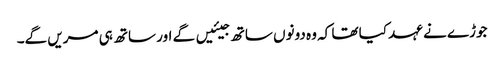
جوڑے نے عہد کیا تھا کہ وہ دونوں ساتھ جیئیں گے اور ساتھ ہی مریں گے۔